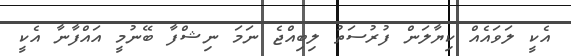
އެކީ ލަވައެއް ކިޔާލަން ފުރުސަތު ލިބިއްޖެ ނަމަ ނިޝްފާ ބޭނުމީ އައްފާނާ އެކީ